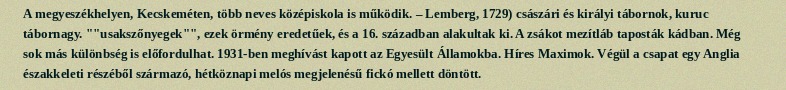
A megyeszékhelyen, Kecskeméten, több neves középiskola is működik. – Lemberg, 1729) császári és királyi tábornok, kuruc tábornagy. ""usakszőnyegek"", ezek örmény eredetűek, és a 16. században alakultak ki. A zsákot mezítláb taposták kádban. Még sok más különbség is előfordulhat. 1931-ben meghívást kapott az Egyesült Államokba. Híres Maximok. Végül a csapat egy Anglia északkeleti részéből származó, hétköznapi melós megjelenésű fickó mellett döntött.